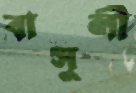
বাসুলী